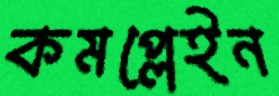
কমপ্লেইন